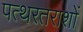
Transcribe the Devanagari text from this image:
पत्थरतराशों